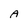
Character: A